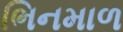
ભિનમાળ